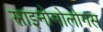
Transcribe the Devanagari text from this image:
साइनोमोलोगस